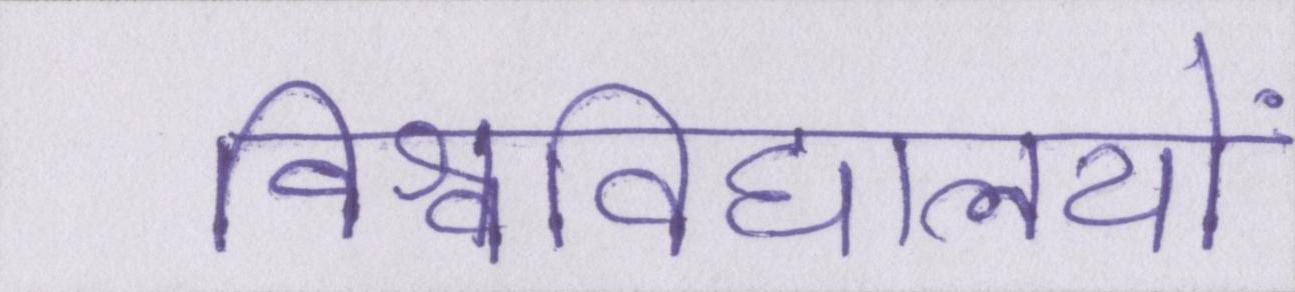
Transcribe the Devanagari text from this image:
विश्वविद्यालयों